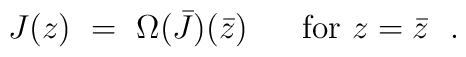
J (z)\ =\ \Omega \bigl( \bar{J} \bigr) (\bar{z})\ \ \ \  \mbox{ for } z=\bar{z}\ \ .